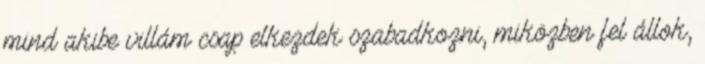
mind akibe villám csap elkezdek szabadkozni, miközben fel állok,